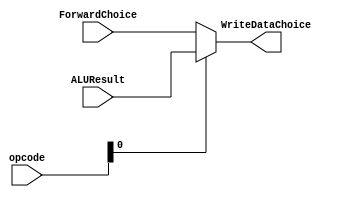
`timescale 1ns / 1ps
//////////////////////////////////////////////////////////////////////////////////
// Company: 
// Engineer: 
// 
// Design Name: 
// Module Name: OutputMUX
// Project Name: 
// Target Devices: 
// Tool Versions: 
// Description: 
// 
// Dependencies: 
// 
// Revision:
// Revision 0.01 - File Created
// Additional Comments:
// 
//////////////////////////////////////////////////////////////////////////////////


module outputMUX(
    input [1:0] opcode,
    input [7:0] ALUResult,
    input [7:0] ForwardChoice,
    output [7:0] WriteDataChoice
    );
    
assign WriteDataChoice = (opcode[0]==0) ? ForwardChoice : ALUResult;

endmodule